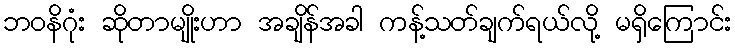
ဘဝနိဂုံး ဆိုတာမျိုးဟာ အချိန်အခါ ကန့်သတ်ချက်ရယ်လို့ မရှိကြောင်း